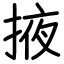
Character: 掖